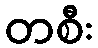
တစီး